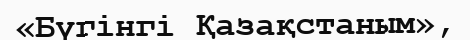
«Бүгінгі Қазақстаным»,